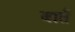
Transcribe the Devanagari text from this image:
बातैं